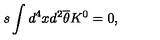
s \int d ^ { 4 } x d ^ { 2 } \overline { { \theta } } K ^ { 0 } { { } } = 0 ,